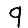
Digit: 9